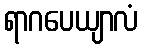
ရာဂပေယျာလံ